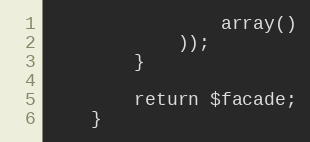
Language: PHP
                array()
            ));
        }

        return $facade;
    }